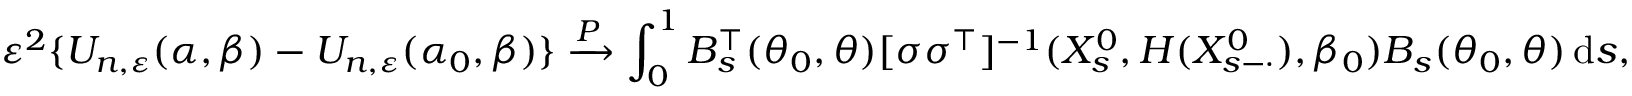
\varepsilon ^ { 2 } \{ U _ { n , \varepsilon } ( \alpha , \beta ) - U _ { n , \varepsilon } ( \alpha _ { 0 } , \beta ) \} \xrightarrow { P } \int _ { 0 } ^ { 1 } B _ { s } ^ { \top } ( \theta _ { 0 } , \theta ) [ \sigma \sigma ^ { \top } ] ^ { - 1 } ( X _ { s } ^ { 0 } , H ( X _ { s - \cdot } ^ { 0 } ) , \beta _ { 0 } ) B _ { s } ( \theta _ { 0 } , \theta ) \, \mathrm { d } s ,